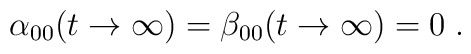
\alpha_{00}(t\to\infty)=\beta_{00}(t\to\infty)=0\;.